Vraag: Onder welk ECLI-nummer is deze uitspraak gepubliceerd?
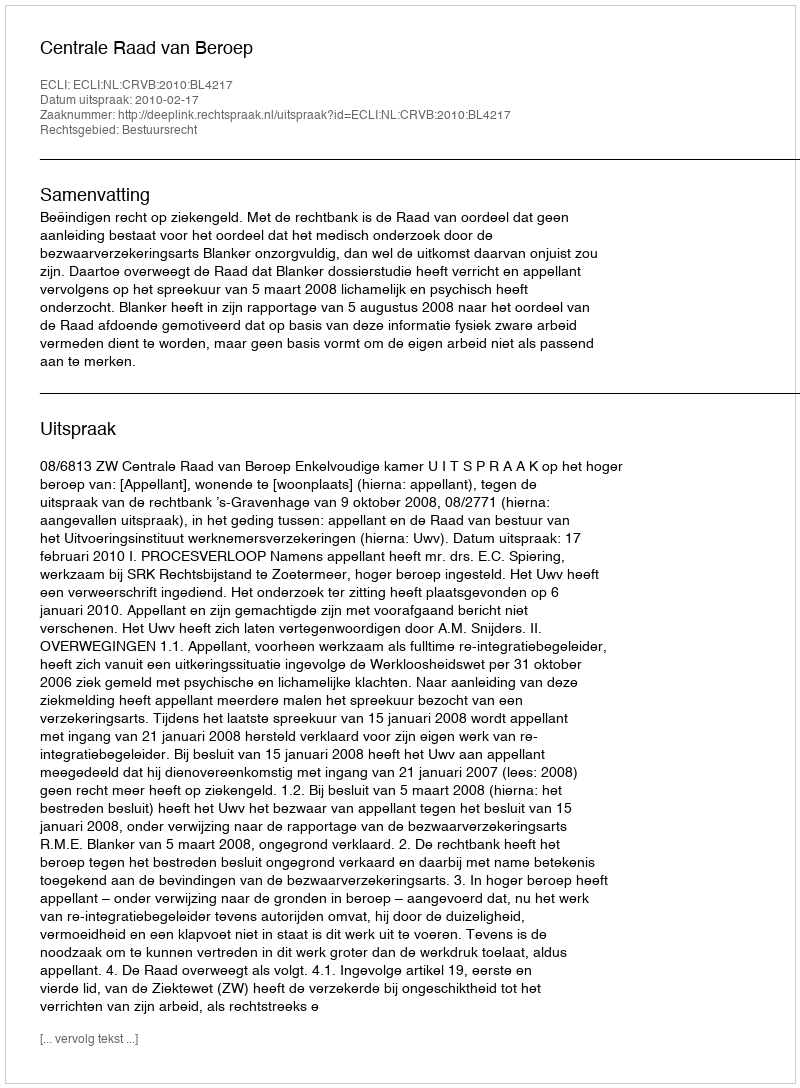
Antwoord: ECLI:NL:CRVB:2010:BL4217